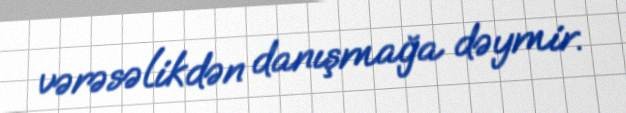
vərəsəlikdən danışmağa dəymir.